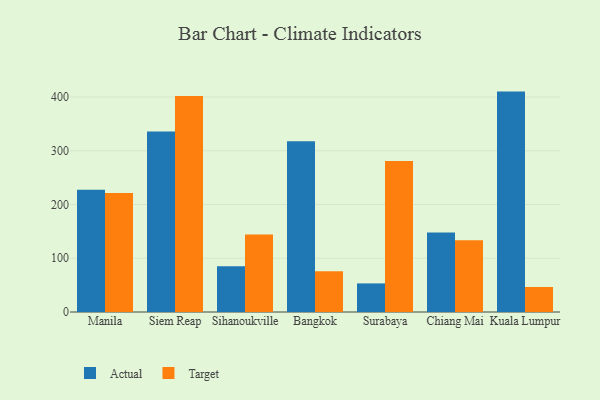
{"axis": {"x": "City", "y": "Gross Profit (USD K)"}, "legend": ["Actual", "Target"], "data": [{"x": "Manila", "y": 227.4, "type": "Actual"}, {"x": "Manila", "y": 221.2, "type": "Target"}, {"x": "Siem Reap", "y": 335.9, "type": "Actual"}, {"x": "Siem Reap", "y": 402.1, "type": "Target"}, {"x": "Sihanoukville", "y": 85.1, "type": "Actual"}, {"x": "Sihanoukville", "y": 144.3, "type": "Target"}, {"x": "Bangkok", "y": 317.7, "type": "Actual"}, {"x": "Bangkok", "y": 75.9, "type": "Target"}, {"x": "Surabaya", "y": 53.2, "type": "Actual"}, {"x": "Surabaya", "y": 281.0, "type": "Target"}, {"x": "Chiang Mai", "y": 147.7, "type": "Actual"}, {"x": "Chiang Mai", "y": 133.3, "type": "Target"}, {"x": "Kuala Lumpur", "y": 410.1, "type": "Actual"}, {"x": "Kuala Lumpur", "y": 46.5, "type": "Target"}]}